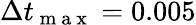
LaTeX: \Delta t_{\mathrm{~m~a~x~}}=0.005